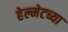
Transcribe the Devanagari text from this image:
हेल्मेटच्या